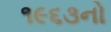
૧૯૬૩નો